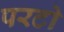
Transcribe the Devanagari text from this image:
परटो